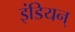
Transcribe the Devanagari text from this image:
इंडियन्